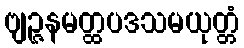
ဗျဉ္ဇနမတ္ထပဒသမယုတ္တံ